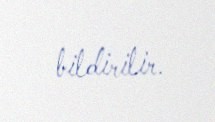
bildirilir.